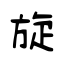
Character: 旋